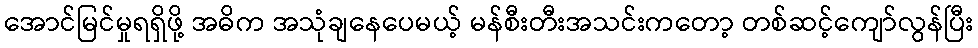
အောင်မြင်မှုရရှိဖို့ အဓိက အသုံချနေပေမယ့် မန်စီးတီးအသင်းကတော့ တစ်ဆင့်ကျော်လွန်ပြီး